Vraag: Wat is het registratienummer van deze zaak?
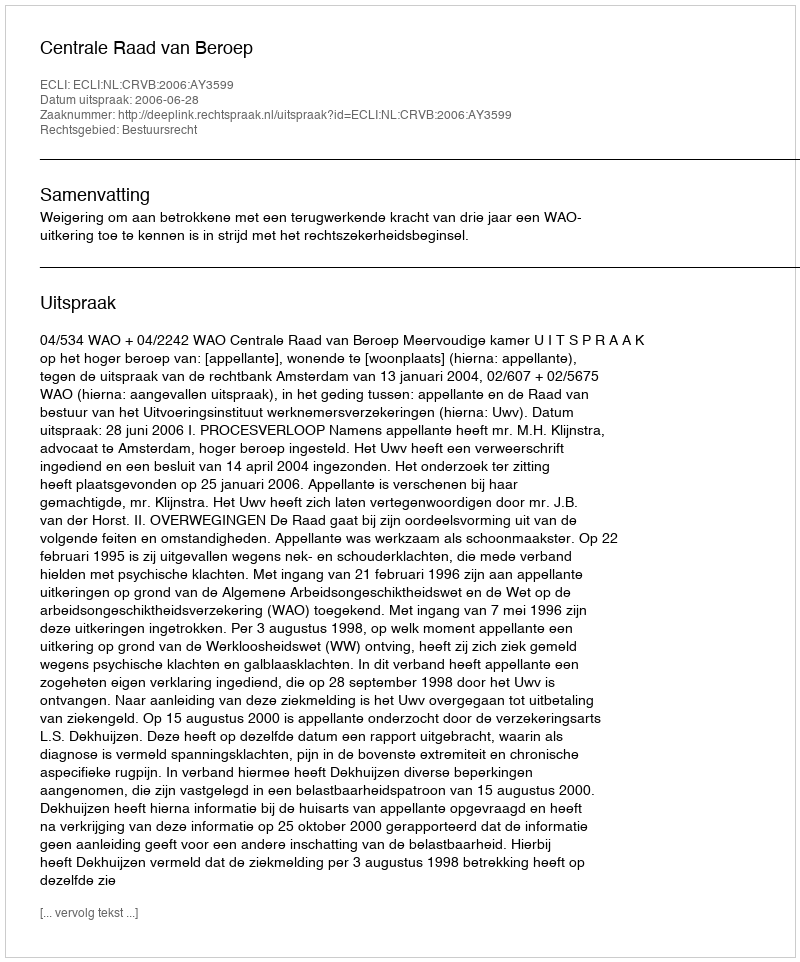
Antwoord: http://deeplink.rechtspraak.nl/uitspraak?id=ECLI:NL:CRVB:2006:AY3599